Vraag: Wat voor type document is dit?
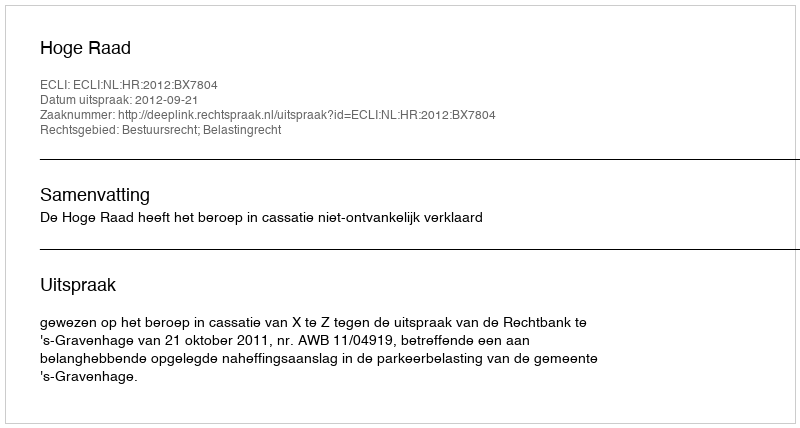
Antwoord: Uitspraak